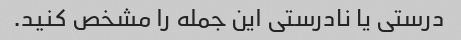
درستی یا نادرستی این جمله را مشخص کنید.